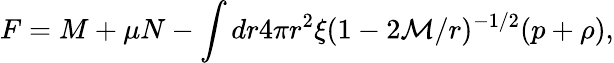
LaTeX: F=M+\mu N-\int dr4\pi r^{2}\xi(1-2{\cal{M}}/r)^{-1/2}(p+\rho),